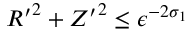
{ R ^ { \prime } } ^ { 2 } + { Z ^ { \prime } } ^ { 2 } \le \epsilon ^ { - 2 \sigma _ { 1 } }